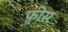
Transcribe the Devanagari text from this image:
फ़्रीस